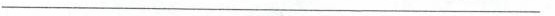
___